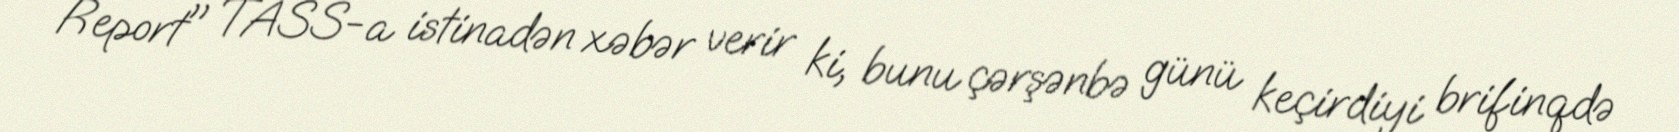
Report" TASS-a istinadən xəbər verir ki, bunu çərşənbə günü keçirdiyi brifinqdə